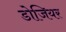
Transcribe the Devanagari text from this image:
डोजियर